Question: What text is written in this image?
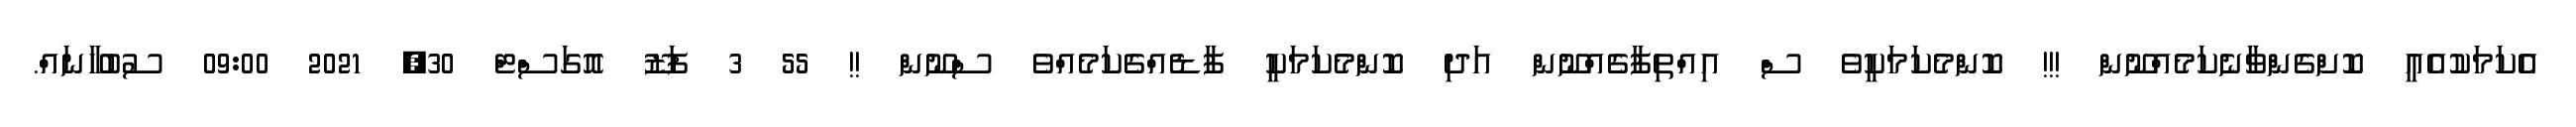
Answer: އެކަމަކުއެއީ ކޮށްގެންވާނެކަމެއްނޫން !!! ކޮންމެކަމަކީވެ ސް އިއްތިފާގެއްނޫން އަދި ކޮންމެކަމަކީ ފާޑެއްގެކަމެއްވެ ސްނޫން !! 55 3 ފަޒޫ އޮގަސްޓް 30, 2021 09:00 ސުބުހާނައް.